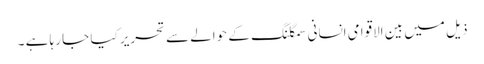
ذیل میں بین الاقوامی انسانی سمگلنگ کے حوالے سے تحریر کیا جا رہا ہے ۔